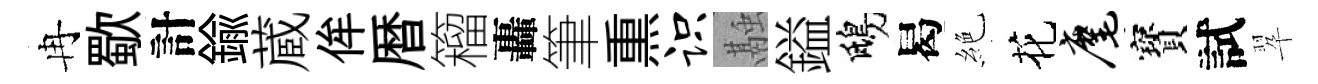
冉歜計鍮蔵侔暦籕轟筆𤋱识融鎰鴟曷絶花麾寳試翆